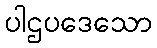
ပါဌပဒေသော